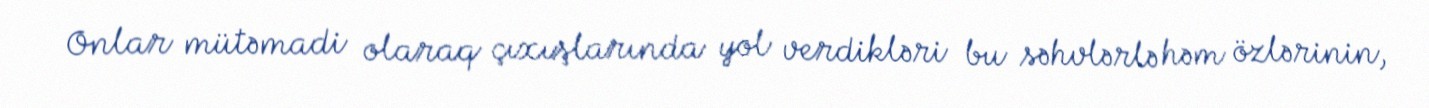
Onlar mütəmadi olaraq çıxışlarında yol verdikləri bu səhvlərlə həm özlərinin,